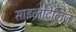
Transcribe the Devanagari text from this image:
साइलोटेलिज़